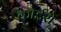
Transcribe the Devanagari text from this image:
कोईरो